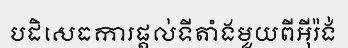
បដិសេធការផ្តល់ទីតាំងមួយពីអ៊ីរ៉ង់